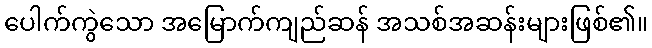
ပေါက်ကွဲသော အမြောက်ကျည်ဆန် အသစ်အဆန်းများဖြစ်၏။